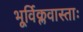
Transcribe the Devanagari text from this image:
भूर्विक्लवास्ताः